Civil Veterinary Dept. North-West Frontier Province 1923-32 - 1923-1932
Year: 1923
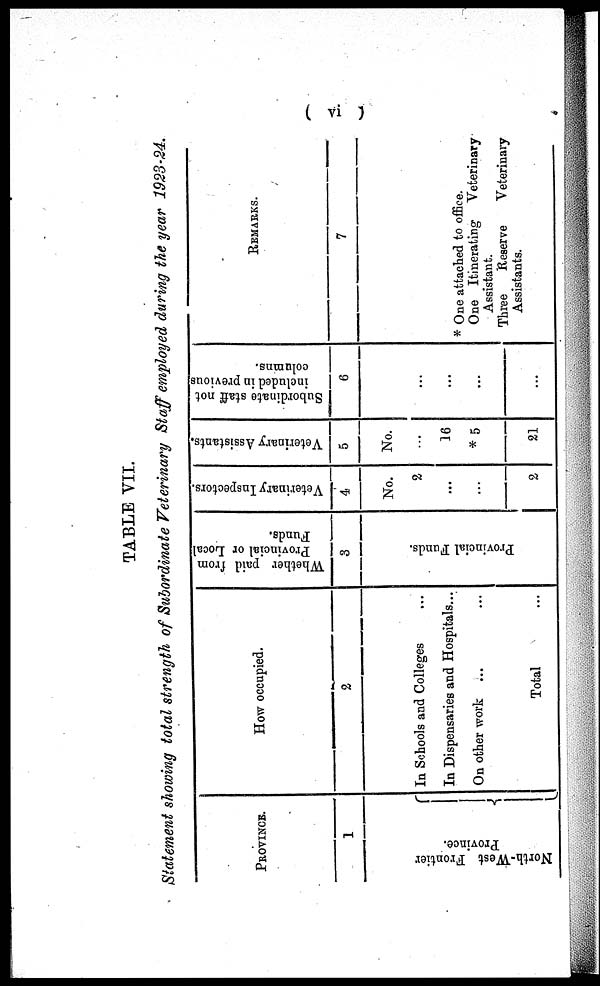
( vi )
TABLE VII.
Statement showing total strength of Subordinate Veterinary Staff employed during the year 1923-24.
PROVINCE.
1
North-West Frontier
Province.
{
How occupied.
2
In Schools and Colleges …
In Dispensaries and Hospitals...
On other work … …
Total ...
Whether paid from
Provincial or Local
Funds.
3
Provincial Funds.
Veterinary Inspectors
4
No.
2
...
...
2
Veterinary Assistants
5
No.
...
16
* 5
21
Subordinate staff not
included in previous
columns.
6
...
...
...
...
REMARKS.
7
* One attached to office.
One Itinerating Veterinary
Assistant.
Three
Reserve
Veterinary
Assistants.